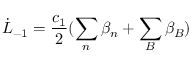
\dot { L } _ { - 1 } = \frac { c _ { 1 } } { 2 } ( \sum _ { n } \beta _ { n } + \sum _ { B } \beta _ { B } )